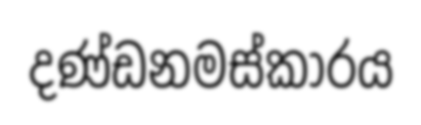
දණ්ඩනමස්කාරය